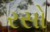
રસો